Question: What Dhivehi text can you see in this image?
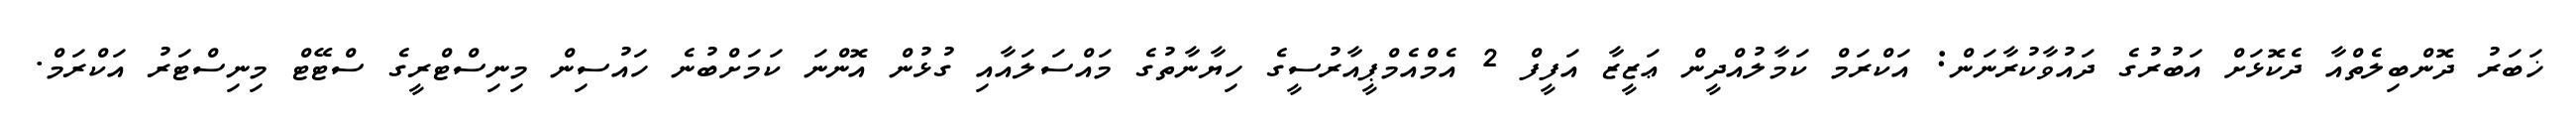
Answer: ޚަބަރު ދޮންބިލެތްއާ ދެކޮޅަށް އަބުރުގެ ދައުވާކުރާނަން: އަކްރަމް ކަމާލުއްދީން ޢަޒީޒާ އަފީފް 2 އެމްއެމްޕީއާރުސީގެ ހިޔާނާތުގެ މައްސަލައާއި ގުޅުން އޮންނަ ކަމަށްބުނެ ހައުސިން މިނިސްޓްރީގެ ސްޓޭޓް މިނިސްޓަރު އަކްރަމް.